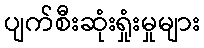
ပျက်စီးဆုံးရှုံးမှုများ